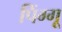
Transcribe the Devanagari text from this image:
पिंग्गू